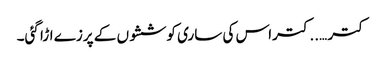
کتر …..کتراس کی ساری کوششوں کے پرزے اڑا گئی۔